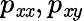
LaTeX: p_{\mathit{x}\mathit{x}},p_{\mathit{x}y}